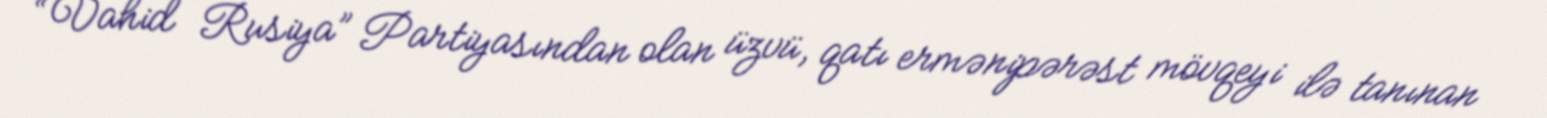
“Vahid Rusiya” Partiyasından olan üzvü, qatı ermənipərəst mövqeyi ilə tanınan